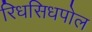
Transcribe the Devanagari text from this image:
रिधसिधपोल